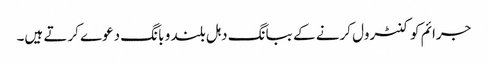
جرائم کو کنٹرول کرنے کے ببانگ دہل بلند و بانگ دعوے کرتے ہیں۔